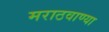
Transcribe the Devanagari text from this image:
मराठवाण्या